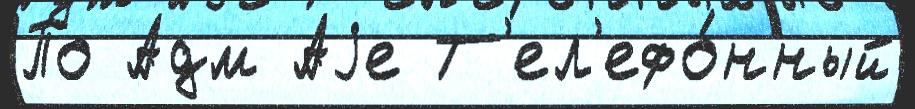
По Адм Аjе Т'ел'ефо́нный